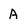
Character: A